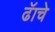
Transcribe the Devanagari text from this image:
ढॅाचे